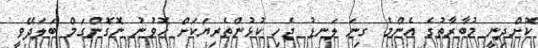
ކޮށްދިނީ މުބާރާތުގެ އެންމެ ގިނަ ލަނޑު ޖެހި ކުޅުންތެރިޔަކަށް ހޮވުނު ނޮގޮންގަމް ބަލަދޭވީ